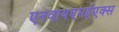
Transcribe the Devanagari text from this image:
एनवायएमईएक्स